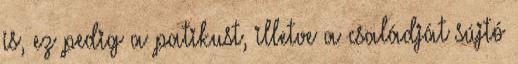
is, ez pedig a patikust, illetve a családját sújtó